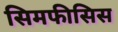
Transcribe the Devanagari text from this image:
सिमफीसिस